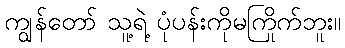
ကျွန်တော် သူ့ရဲ့ ပုံပန်းကိုမကြိုက်ဘူး။